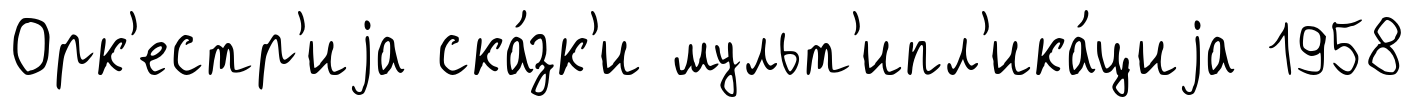
Орк'естр'иjа ска́зк'и мульт'ипл'ика́циjа 1958